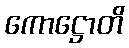
ကောဋ္ဌောတိ